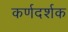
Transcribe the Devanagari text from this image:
कर्णदर्शक